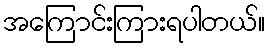
အကြောင်းကြားရပါတယ်။